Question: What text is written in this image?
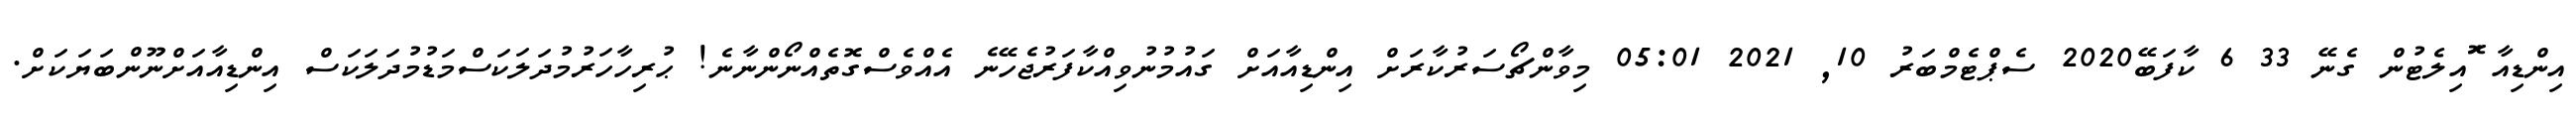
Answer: އިންޑިއާ ޮައިލެޓުން ގެނޭ 33 6 ކާފަބޭ2020 ސެޕްޓެމްބަރު 10, 2021 05:01 މިވާންޗޯސަރުކާރަށް އިންޑިއާއަށް ގައުމުނުވިއްކާފަރުޖެހޭނެ އެއްވެސްގޮތެއްނޯންނާނެ! ޙުރިހާހަރުމުދަލަކަސްމަޑުމުދަލަކަސް އިންޑިއާއަށްނޫންބަޔަކަށް.